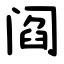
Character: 阎